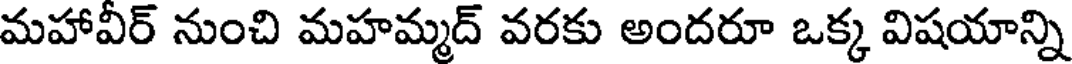
మహావీర్ నుంచి మహమ్మద్ వరకు అందరూ ఒక్క విషయాన్ని